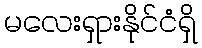
မလေးရှားနိုင်ငံရှိ